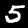
Label: 5